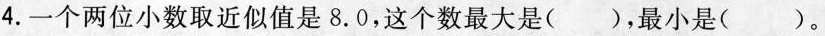
4.一个两位小数取近似值是8.0，这个数最大是( )，最小是( )。